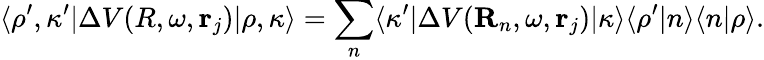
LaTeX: \langle\rho^{\prime},\kappa^{\prime}|\Delta V(R,\omega,{\mathbf r}_{j})|\rho,\kappa\rangle=\sum_{n}\langle\kappa^{\prime}|\Delta V({\mathbf R}_{n},\omega,{\mathbf r}_{j})|\kappa\rangle\langle\rho^{\prime}|n\rangle\langle n|\rho\rangle.